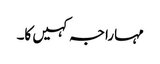
مہاراجہ کہیں کا۔